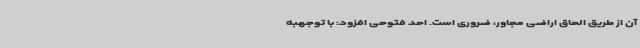
آن از طریق الحاق اراضی مجاور، ضروری است. احد فتوحی افزود: با توجهبه